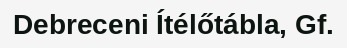
Debreceni Ítélőtábla, Gf.